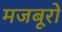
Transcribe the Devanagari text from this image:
मजबूरों